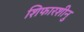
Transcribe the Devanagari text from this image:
शिफारशीनु